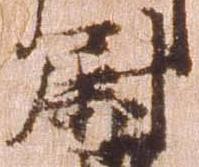
尉